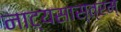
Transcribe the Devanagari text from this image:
नाट्यसास्त्रम्